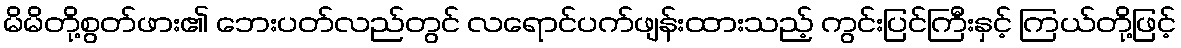
မိမိတို့စွတ်ဖား၏ ဘေးပတ်လည်တွင် လရောင်ပက်ဖျန်းထားသည့် ကွင်းပြင်ကြီးနှင့် ကြယ်တို့ဖြင့်